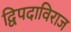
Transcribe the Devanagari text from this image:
द्विपदाविराज